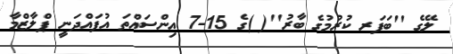
ލޭގެ ''ބަފަރ ކުރުމުގެ ބާރު''( )ގެ 15-7 އިންސައްތަ އުފައްދަނީ ޕްލާޒްމާ